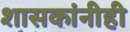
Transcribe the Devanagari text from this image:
शासकांनीही